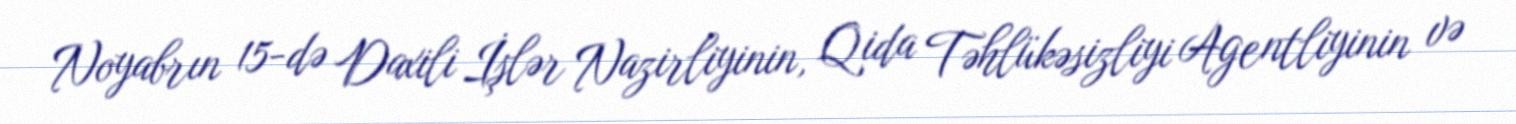
Noyabrın 15-də Daxili İşlər Nazirliyinin, Qida Təhlükəsizliyi Agentliyinin və